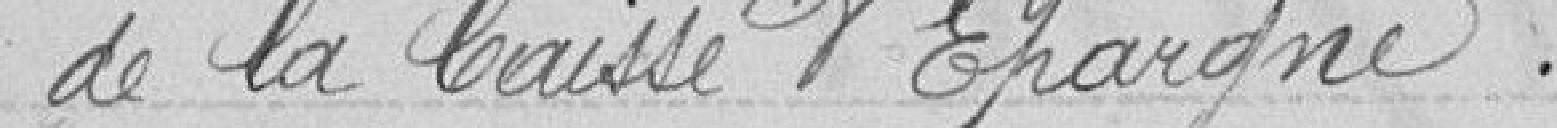
de la Caisse d'Epargne.